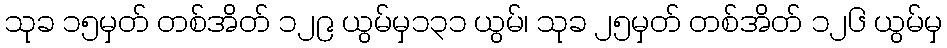
သုခ ၁၅မှတ် တစ်အိတ် ၁၂၉ ယွမ်မှ၁၃၁ ယွမ်၊ သုခ ၂၅မှတ် တစ်အိတ် ၁၂၆ ယွမ်မှ